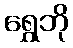
ရွှေဘို